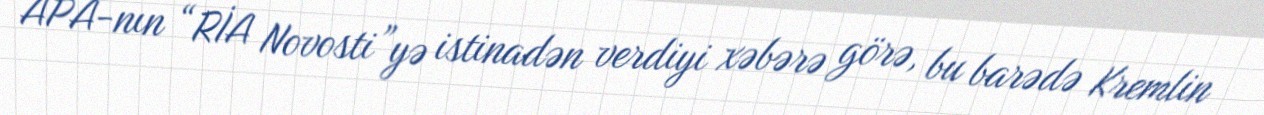
APA-nın “RİA Novosti”yə istinadən verdiyi xəbərə görə, bu barədə Kremlin